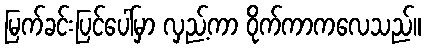
မြက်ခင်းပြင်ပေါ်မှာ လှည့်ကာ ဝိုက်ကာကလေသည်။